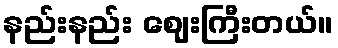
နည်းနည်း ဈေးကြီးတယ်။